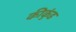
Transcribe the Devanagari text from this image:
कीकुंड